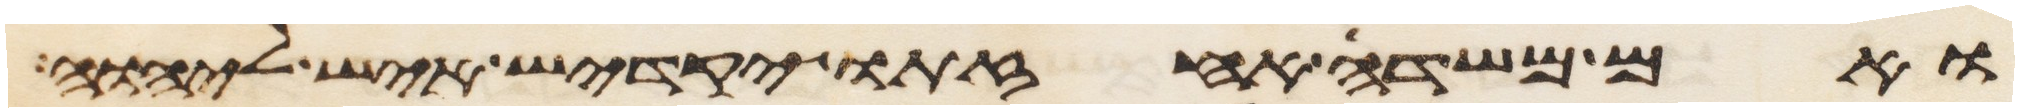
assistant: ואם משדה אחזתו יקדיש איש ליהוה